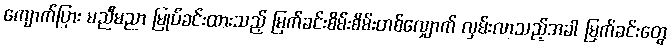
ကျောက်ပြား မညီမညာ မြုပ်ခင်းထားသည့် မြက်ခင်းစိမ်းစိမ်းတစ်လျှောက် လှမ်းလာသည့်အခါ မြက်ခင်းတွေ